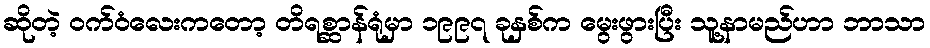
ဆိုတဲ့ ဝက်ဝံလေးကတော့ တိရစ္ဆာန်ရုံမှာ ၁၉၉၇ ခုနှစ်က မွေးဖွားပြီး သူ့နာမည်ဟာ ဘာသာ